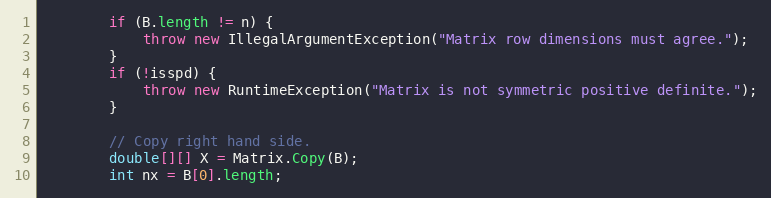
Language: Java
        if (B.length != n) {
            throw new IllegalArgumentException("Matrix row dimensions must agree.");
        }
        if (!isspd) {
            throw new RuntimeException("Matrix is not symmetric positive definite.");
        }

        // Copy right hand side.
        double[][] X = Matrix.Copy(B);
        int nx = B[0].length;